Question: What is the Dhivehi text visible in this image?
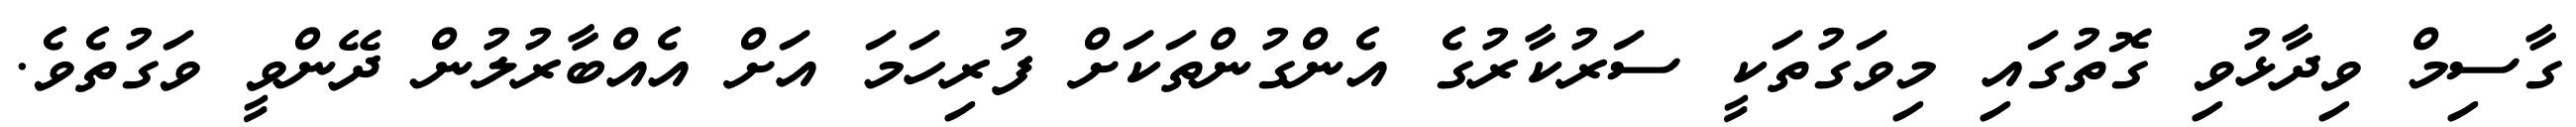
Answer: ގާސިމް ވިދާޅުވި ގޮތުގައި މިވަގުތަކީ ސަރުކާރުގެ އެންގުންތަކަށް ފުރިހަމަ އަށް އެއްބާރުލުން ދޭންވީ ވަގުތެވެ.